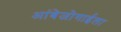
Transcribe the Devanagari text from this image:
आंबेजोगाईला